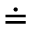
\doteq